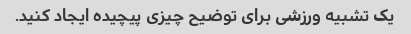
یک تشبیه ورزشی برای توضیح چیزی پیچیده ایجاد کنید.